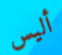
أليس